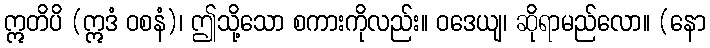
ဣတိပိ (ဣဒံ ဝစနံ)၊ ဤသို့သော စကားကိုလည်း။ ဝဒေယျ၊ ဆိုရာမည်လော။ (နော